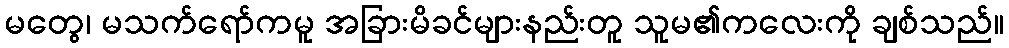
မတွေ၊ မသက်ရော်ကမူ အခြားမိခင်များနည်းတူ သူမ၏ကလေးကို ချစ်သည်။